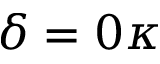
\delta = 0 \kappa